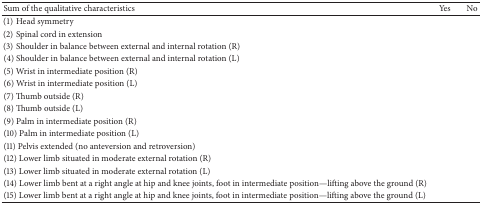
<table><thead><tr><td><b>Sum of the qualitative characteristics</b></td><td><b>Yes</b></td><td><b>No</b></td></tr></thead><tbody><tr><td>(1) Head symmetry</td><td> </td><td> </td></tr><tr><td>(2) Spinal cord in extension</td><td> </td><td> </td></tr><tr><td>(3) Shoulder in balance between external and internal rotation (R)</td><td> </td><td> </td></tr><tr><td>(4) Shoulder in balance between external and internal rotation (L)</td><td> </td><td> </td></tr><tr><td>(5) Wrist in intermediate position (R)</td><td> </td><td> </td></tr><tr><td>(6) Wrist in intermediate position (L)</td><td> </td><td> </td></tr><tr><td>(7) Thumb outside (R)</td><td> </td><td> </td></tr><tr><td>(8) Thumb outside (L)</td><td> </td><td> </td></tr><tr><td>(9) Palm in intermediate position (R)</td><td> </td><td> </td></tr><tr><td>(10) Palm in intermediate position (L)</td><td> </td><td> </td></tr><tr><td>(11) Pelvis extended (no anteversion and retroversion)</td><td> </td><td> </td></tr><tr><td>(12) Lower limb situated in moderate external rotation (R)</td><td> </td><td> </td></tr><tr><td>(13) Lower limb situated in moderate external rotation (L)</td><td> </td><td> </td></tr><tr><td>(14) Lower limb bent at a right angle at hip and knee joints, foot in intermediate position—lifting above the ground (R)</td><td> </td><td> </td></tr><tr><td>(15) Lower limb bent at a right angle at hip and knee joints, foot in intermediate position—lifting above the ground (L) </td><td> </td><td> </td></tr></tbody></table>